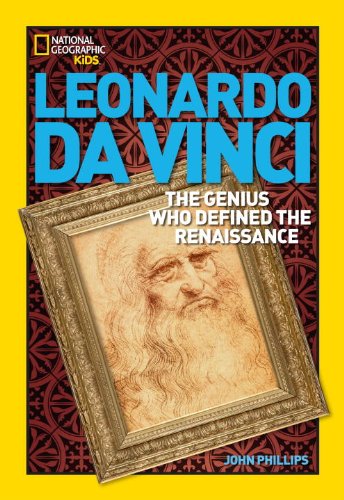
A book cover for World History Biographies: Leonardo da Vinci: The Genius Who Defined the Renaissance (National Geographic World History Biographies); John Phillips; Children's Books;